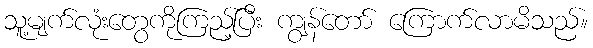
သူ့မျက်လုံးတွေကိုကြည့်ပြီး ကျွန်တော် ကြောက်လာမိသည်။